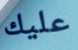
عليك